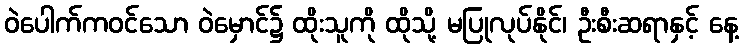
ဝဲပေါက်ကဝင်သော ဝဲမှောင်၌ ထိုးသူကို ထိုသို့ မပြုလုပ်နိုင်၊ ဦးစီးဆရာနှင့် နေ့